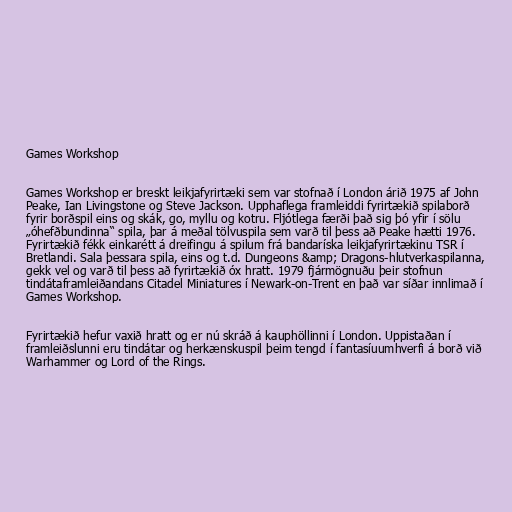
Games Workshop

Games Workshop er breskt leikjafyrirtæki sem var stofnað í London árið 1975 af John
Peake, Ian Livingstone og Steve Jackson. Upphaflega framleiddi fyrirtækið spilaborð
fyrir borðspil eins og skák, go, myllu og kotru. Fljótlega færði það sig þó yfir í sölu
„óhefðbundinna“ spila, þar á meðal tölvuspila sem varð til þess að Peake hætti 1976.
Fyrirtækið fékk einkarétt á dreifingu á spilum frá bandaríska leikjafyrirtækinu TSR í
Bretlandi. Sala þessara spila, eins og t.d. Dungeons &amp; Dragons-hlutverkaspilanna,
gekk vel og varð til þess að fyrirtækið óx hratt. 1979 fjármögnuðu þeir stofnun
tindátaframleiðandans Citadel Miniatures í Newark-on-Trent en það var síðar innlimað í
Games Workshop.

Fyrirtækið hefur vaxið hratt og er nú skráð á kauphöllinni í London. Uppistaðan í
framleiðslunni eru tindátar og herkænskuspil þeim tengd í fantasíuumhverfi á borð við
Warhammer og Lord of the Rings.